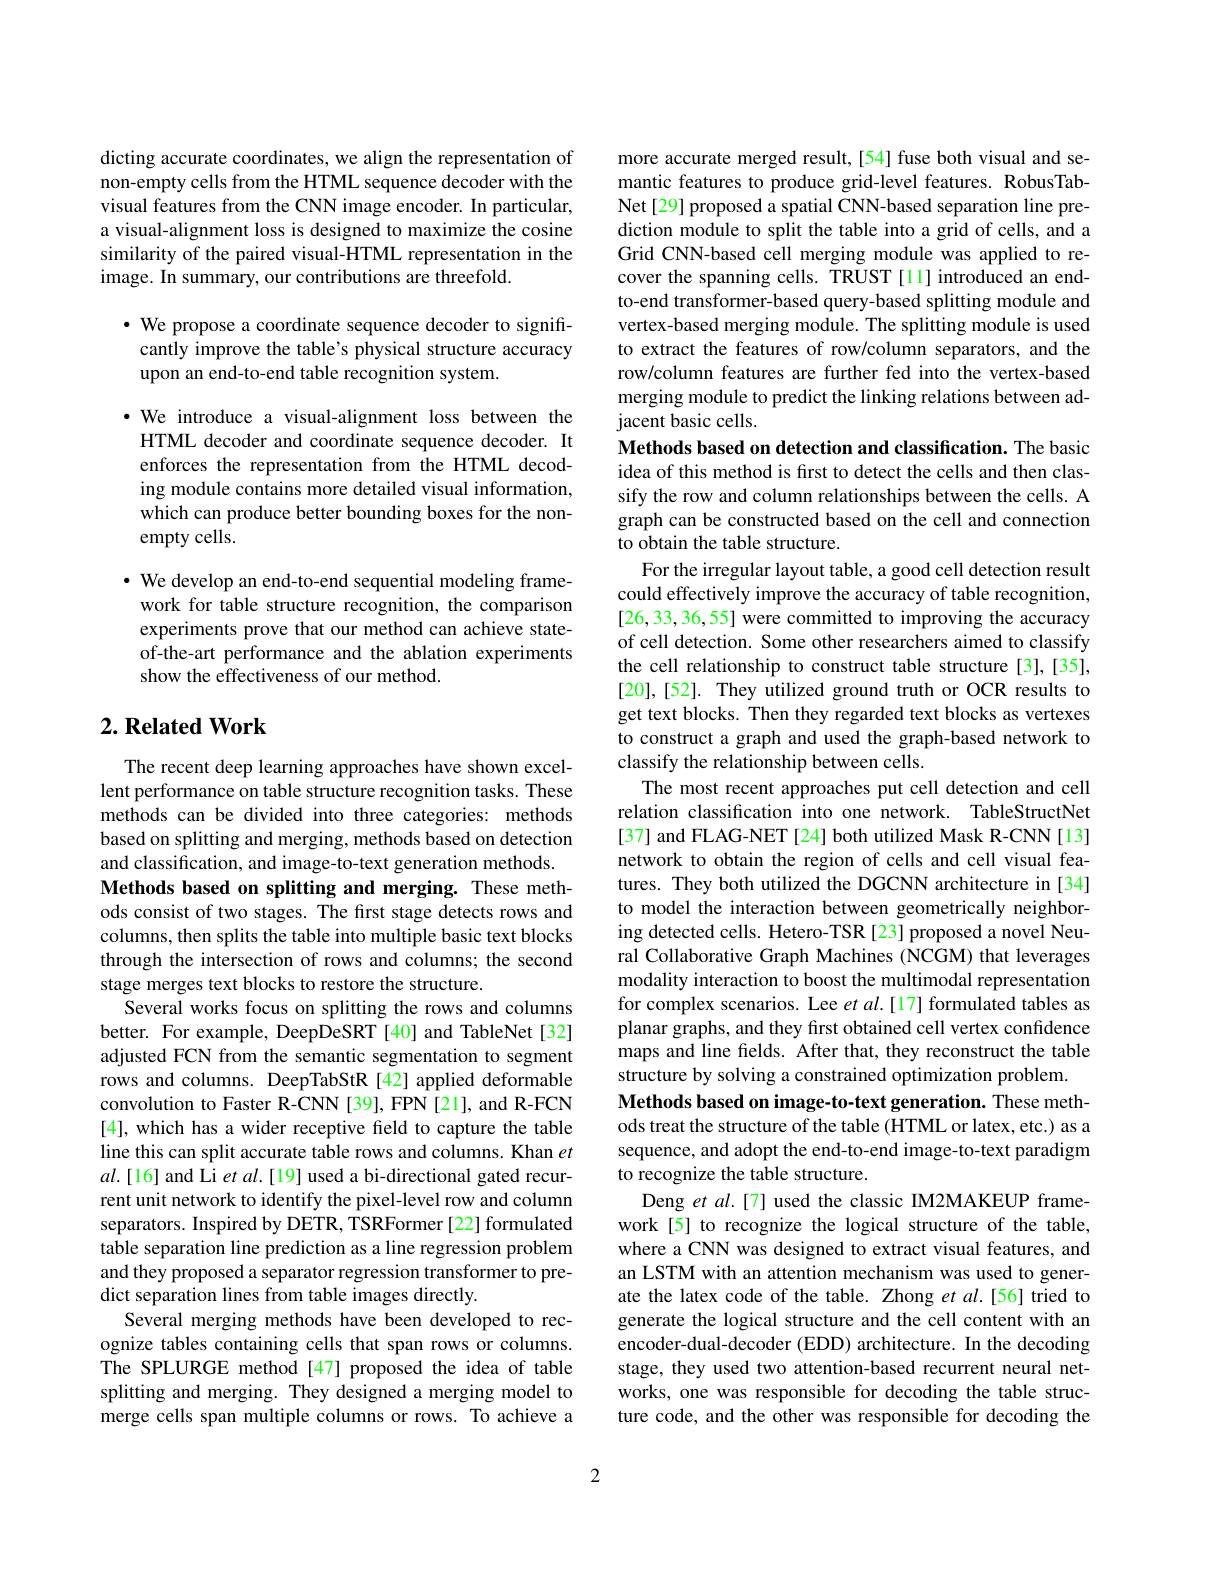
dicting accurate coordinates, we align the representation of non-empty cells from the HTML sequence decoder with the visual features from the CNN image encoder. In particular, a visual-alignment loss is designed to maximize the cosine similarity of the paired visual-HTML representation in the image. In summary, our contributions are threefold.

$\cdot$ We propose a coordinate sequence decoder to signifi-
cantly improve the table's physical structure accuracy
upon an end-to-end table recognition system.

·We introduce a visual-alignment loss between the HTML decoder and coordinate sequence decoder. It enforces the representation from the HTML decoding module contains more detailed visual information, which can produce better bounding boxes for the nonempty cells.

· We develop an end-to-end sequential modeling frame-
work for table structure recognition, the comparison experiments prove that our method can achieve stateof-the-art performance and the ablation experiments show the effectiveness of our method.

## $2. \textbf{ Related Work}$

The recent deep learning approaches have shown excellent performance on table structure recognition tasks. These methods can be divided into three categories: methods based on splitting and merging, methods based on detection and classification, and image-to-text generation methods. Methods based on splitting and merging. These methods consist of two stages. The first stage detects rows and columns, then splits the table into multiple basic text blocks through the intersection of rows and columns; the second stage merges text blocks to restore the structure.
Several works focus on splitting the rows and columns better. For example, DeepDeSRT [40] and TableNet[32] adjusted FCN from the semantic segmentation to segment rows and columns. DeepTabStR [42] applied deformable convolution to Faster R-CNN [39], FPN [21], and R-FCN [4], which has a wider receptive field to capture the table line this can split accurate table rows and columns. Khan $et$ $al.[16]$ and Li et al.[19] used a bi-directional gated recurrent unit network to identify the pixel-level row and column separators. Inspired by DETR, TSRFormer [22] formulated table separation line prediction as a line regression problem and they proposed a separator regression transformer to predict separation lines from table images directly.
Several merging methods have been developed to recognize tables containing cells that span rows or columns. The SPLURGE method[47] proposed the idea of table splitting and merging. They designed a merging model to merge cells span multiple columns or rows. To achieve a

more accurate merged result,[54] fuse both visual and semantic features to produce grid-level features. RobusTabNet[29] proposed a spatial CNN-based separation line prediction module to split the table into a grid of cells, and a Grid CNN-based cell merging module was applied to recover the spanning cells. TRUST[11] introduced an endto-end transformer-based query-based splitting module and vertex-based merging module. The splitting module is used to extract the features of row/column separators, and the row/column features are further fed into the vertex-based merging module to predict the linking relations between adjacent basic cells.

Methods based on detection and classification. The basic idea of this method is first to detect the cells and then classify the row and column relationships between the cells. A graph can be constructed based on the cell and connection to obtain the table structure.
For the irregular layout table, a good cell detection result could effectively improve the accuracy of table recognition, [26,33,36,55] were committed to improving the accuracy of cell detection. Some other researchers aimed to classify the cell relationship to construct table structure [3],[35], [20],[52]. They utilized ground truth or OCR results to get text blocks. Then they regarded text blocks as vertexes to construct a graph and used the graph-based network to classify the relationship between cells
The most recent approaches put cell detection and cell relation classification into one network. TableStructNet [37] and FLAG-NET [24] both utilized Mask R-CNN[13] network to obtain the region of cells and cell visual features. They both utilized the DGCNN architecture in [34] to model the interaction between geometrically neighboring detected cells. Hetero-TSR [23] proposed a novel Neural Collaborative Graph Machines (NCGM) that leverages modality interaction to boost the multimodal representation for complex scenarios. Lee et al.[17] formulated tables as planar graphs, and they first obtained cell vertex confidence maps and line fields. After that, they reconstruct the table structure by solving a constrained optimization problem.
Methods based on image-to-text generation. These methods treat the structure of the table (HTML or latex, etc.) as a sequence, and adopt the end-to-end image-to-text paradigm to recognize the table structure.
Deng et al.[7] used the classic IM2MAKEUP framework[5] to recognize the logical structure of the table, where a CNN was designed to extract visual features, and an LSTM with an attention mechanism was used to generate the latex code of the table. Zhong et al.[56] tried to generate the logical structure and the cell content with an encoder-dual-decoder (EDD) architecture. In the decoding stage, they used two attention-based recurrent neural networks, one was responsible for decoding the table structure code, and the other was responsible for decoding the

2